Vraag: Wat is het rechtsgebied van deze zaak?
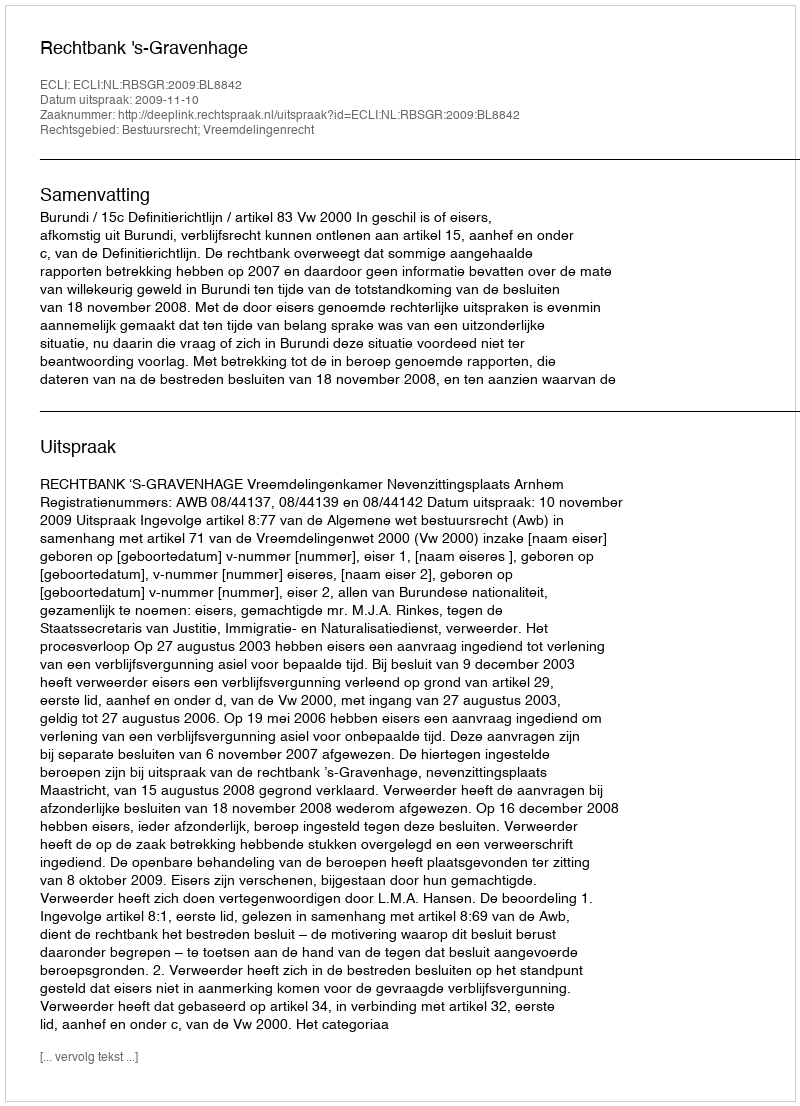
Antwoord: Bestuursrecht; Vreemdelingenrecht